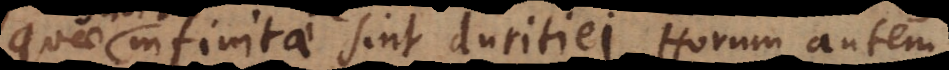
quae infinitae sint duritiei. Horum autem